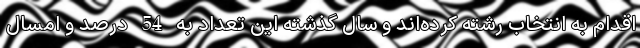
اقدام به انتخاب رشته کرده‌اند و سال گذشته این تعداد به 54 درصد و امسال